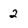
Character: 2